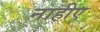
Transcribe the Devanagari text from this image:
नाहीए